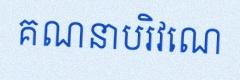
គណនាបរិវេណ